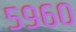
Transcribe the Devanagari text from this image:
५९६०